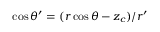
\cos \theta ^ { \prime } = ( r \cos \theta - z _ { c } ) / r ^ { \prime }